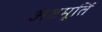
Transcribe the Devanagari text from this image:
अष्टमूर्ति